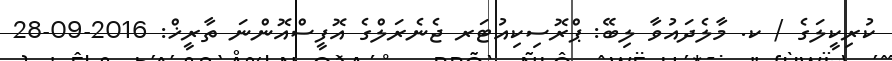
ކުރިކީލަގެ / ކ. މާލެދައުވާ ލިބޭ: ޕްރޮސިކިއުޓަރ ޖެނެރަލްގެ އޮފީސްއޮންނަ ތާރީޚް: 2016-09-28